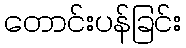
တောင်းပန်ခြင်း